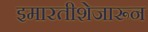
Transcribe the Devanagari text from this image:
इमारतीशेजारून